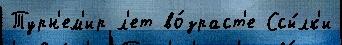
Турн'ем'ир л'ет во́зраст'е Ссы́лк'и